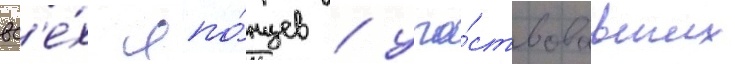
вс'е́х япо́нцев / уча́ствовавших